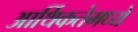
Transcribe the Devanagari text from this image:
आर्थिकतेमध्ये